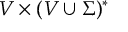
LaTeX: V \times ( V \cup \Sigma ) ^ { * }